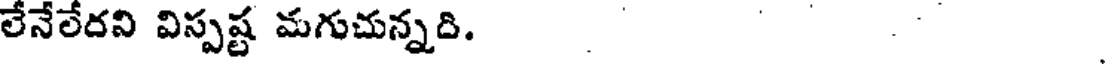
లేనేలేదని విస్పష్ట మగుచున్నది.